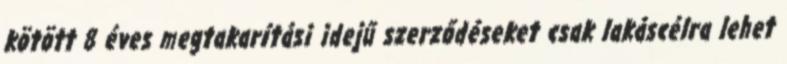
kötött 8 éves megtakarítási idejű szerződéseket csak lakáscélra lehet